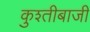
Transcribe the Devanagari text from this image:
कुश्तीबाजी